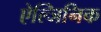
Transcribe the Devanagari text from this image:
ऐल्जिनिक